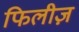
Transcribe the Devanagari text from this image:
फिलीज़